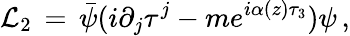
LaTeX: {\cal L}_{2}\, =\, \bar{\psi}(i\partial_{j}\tau^{j}-me^{i\alpha(z)\tau_{3}})\psi\, ,